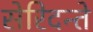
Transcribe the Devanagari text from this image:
सेरिदन्ते